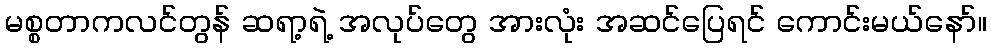
မစ္စတာကလင်တွန် ဆရာ့ရဲ့ အလုပ်တွေ အားလုံး အဆင်ပြေရင် ကောင်းမယ်နော်။